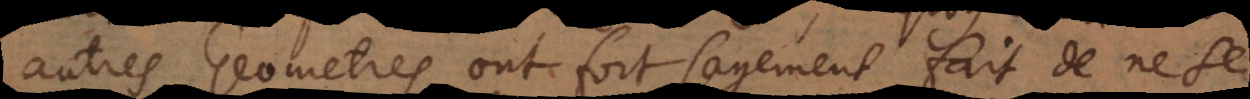
autres Geometres ont fort sagement fait de ne se